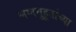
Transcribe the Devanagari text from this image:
लग्नमुहूर्ताच्या